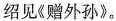
绍见《赠外孙》。